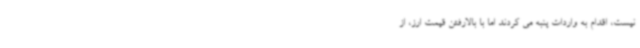
نیست، اقدام به واردات پنبه می کردند اما با بالارفتن قیمت ارز، از